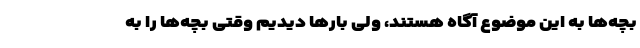
بچه‌ها به این موضوع آگاه هستند، ولی بارها دیدیم وقتی بچه‌ها را به